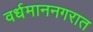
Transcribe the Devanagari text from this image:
वर्धमाननगरात